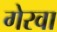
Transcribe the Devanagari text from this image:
गेरवा